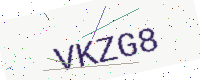
Text: VKZG8